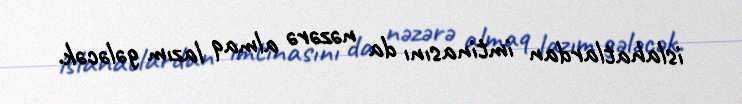
islahatlardan imtinasını da nəzərə almaq lazım gələcək.